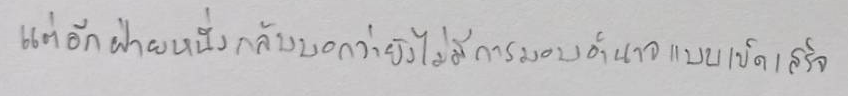
แต่อีกฝ่ายหนึ่งกลับบอกว่ายังไม่มีการมอบอำนาจแบบเบ็ดเสร็จ